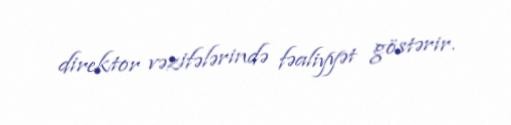
direktor vəzifələrində fəaliyyət göstərir.